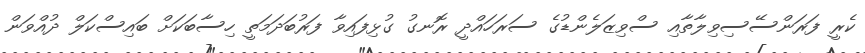
ކެރީ ފަރަންސޭސިވިލާތާއި ސްވިޒަލެންޑުގެ ސަރަހައްދީ ރޮނގު ގުޅިފައިވާ ފަރުބަދަމަތީ ހިސާބަކަށް ބައިސްކަލް ދުއްވަން